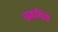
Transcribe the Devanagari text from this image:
चकविते